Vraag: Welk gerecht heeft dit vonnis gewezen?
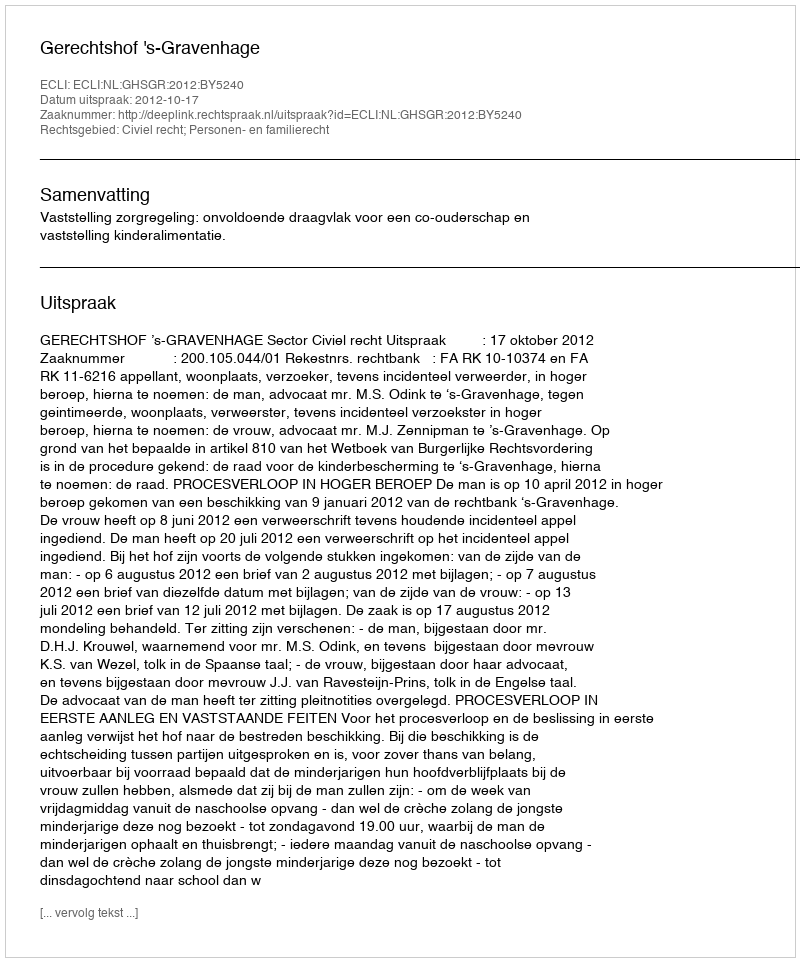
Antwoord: Gerechtshof 's-Gravenhage